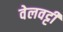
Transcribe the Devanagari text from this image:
वेलवट्टी